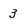
Character: 3